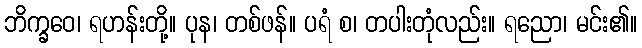
ဘိက္ခဝေ၊ ရဟန်းတို့။ ပုန၊ တစ်ဖန်။ ပရံ စ၊ တပါးတုံလည်း။ ရညော၊ မင်း၏။